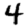
Digit: 4